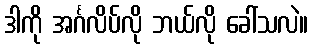
ဒါကို အင်္ဂလိပ်လို ဘယ်လို ခေါ်သလဲ။